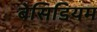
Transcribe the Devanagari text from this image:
बेसिडियम